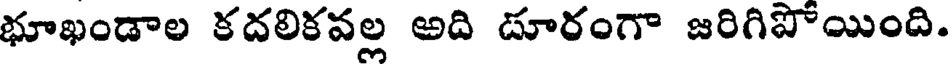
భూఖండాల కదలికవల్ల అది దూరంగా జరిగిపోయింది.